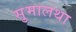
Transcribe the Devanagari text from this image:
सुमालथा